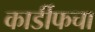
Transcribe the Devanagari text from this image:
कार्डीफचा